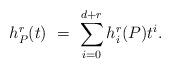
LaTeX: \begin{align*}h^{r}_P (t)\ = \ \sum _{i=0}^{d+r}h^{r}_i(P)t^i.\end{align*}